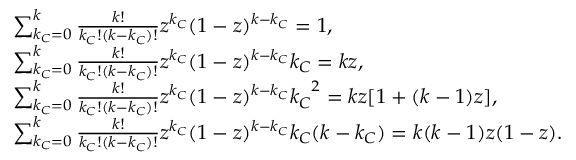
\begin{array} { r l } & { \sum _ { k _ { C } = 0 } ^ { k } { \frac { k ! } { k _ { C } ! ( k - k _ { C } ) ! } z ^ { k _ { C } } ( 1 - z ) ^ { k - k _ { C } } } = 1 , } \\ & { \sum _ { k _ { C } = 0 } ^ { k } { \frac { k ! } { k _ { C } ! ( k - k _ { C } ) ! } z ^ { k _ { C } } ( 1 - z ) ^ { k - k _ { C } } k _ { C } } = k z , } \\ & { \sum _ { k _ { C } = 0 } ^ { k } { \frac { k ! } { k _ { C } ! ( k - k _ { C } ) ! } z ^ { k _ { C } } ( 1 - z ) ^ { k - k _ { C } } { k _ { C } } ^ { 2 } } = k z [ 1 + ( k - 1 ) z ] , } \\ & { \sum _ { k _ { C } = 0 } ^ { k } { \frac { k ! } { k _ { C } ! ( k - k _ { C } ) ! } z ^ { k _ { C } } ( 1 - z ) ^ { k - k _ { C } } k _ { C } ( k - k _ { C } ) } = k ( k - 1 ) z ( 1 - z ) . } \end{array}